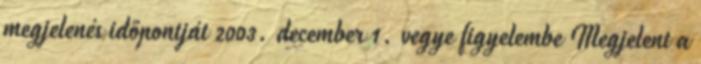
megjelenés időpontját 2003. december 1. vegye figyelembe Megjelent a